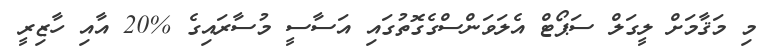
މި މަޤާމަށް ލީގަލް ސަޕޯޓް އެލަވަންސްގެގޮތުގައި އަސާސީ މުސާރައިގެ %20 އާއި ހާޒިރީ